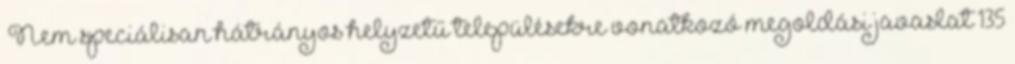
▪Nem speciálisan hátrányos helyzetű településekre vonatkozó megoldási javaslat 135